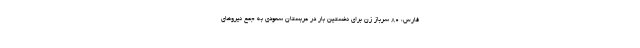
فارس، ۸۰ سرباز زن برای نخستین بار در عربستان سعودی به جمع نیروهای